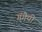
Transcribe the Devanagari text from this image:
गंगैयी